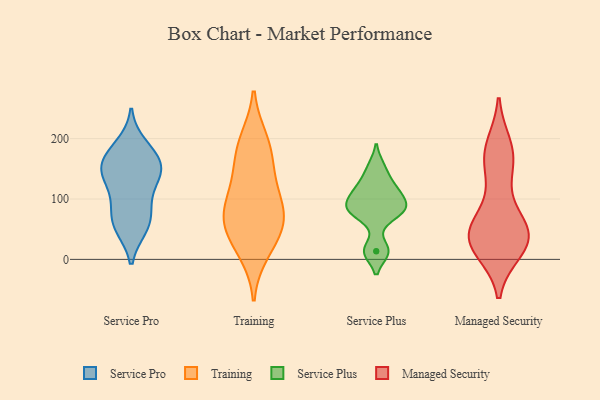
{"axis": {"x": "Website Visitors", "y": "Value"}, "legend": ["Managed Security", "Service Plus", "Service Pro", "Training"], "data": [{"x": "", "y": 97, "type": "Service Pro"}, {"x": "", "y": 158, "type": "Service Pro"}, {"x": "", "y": 166, "type": "Service Pro"}, {"x": "", "y": 177, "type": "Service Pro"}, {"x": "", "y": 142, "type": "Service Pro"}, {"x": "", "y": 142, "type": "Service Pro"}, {"x": "", "y": 189, "type": "Service Pro"}, {"x": "", "y": 130, "type": "Service Pro"}, {"x": "", "y": 53, "type": "Service Pro"}, {"x": "", "y": 60, "type": "Service Pro"}, {"x": "", "y": 56, "type": "Service Pro"}, {"x": "", "y": 147, "type": "Service Pro"}, {"x": "", "y": 84, "type": "Service Pro"}, {"x": "", "y": 65, "type": "Training"}, {"x": "", "y": 159, "type": "Training"}, {"x": "", "y": 197, "type": "Training"}, {"x": "", "y": 80, "type": "Training"}, {"x": "", "y": 13, "type": "Training"}, {"x": "", "y": 188, "type": "Training"}, {"x": "", "y": 58, "type": "Training"}, {"x": "", "y": 104, "type": "Training"}, {"x": "", "y": 31, "type": "Training"}, {"x": "", "y": 71, "type": "Training"}, {"x": "", "y": 130, "type": "Training"}, {"x": "", "y": 13, "type": "Service Plus"}, {"x": "", "y": 126, "type": "Service Plus"}, {"x": "", "y": 101, "type": "Service Plus"}, {"x": "", "y": 77, "type": "Service Plus"}, {"x": "", "y": 115, "type": "Service Plus"}, {"x": "", "y": 153, "type": "Service Plus"}, {"x": "", "y": 79, "type": "Service Plus"}, {"x": "", "y": 14, "type": "Service Plus"}, {"x": "", "y": 80, "type": "Service Plus"}, {"x": "", "y": 94, "type": "Service Plus"}, {"x": "", "y": 43, "type": "Managed Security"}, {"x": "", "y": 187, "type": "Managed Security"}, {"x": "", "y": 33, "type": "Managed Security"}, {"x": "", "y": 38, "type": "Managed Security"}, {"x": "", "y": 49, "type": "Managed Security"}, {"x": "", "y": 175, "type": "Managed Security"}, {"x": "", "y": 21, "type": "Managed Security"}, {"x": "", "y": 175, "type": "Managed Security"}, {"x": "", "y": 46, "type": "Managed Security"}, {"x": "", "y": 22, "type": "Managed Security"}, {"x": "", "y": 165, "type": "Managed Security"}, {"x": "", "y": 72, "type": "Managed Security"}, {"x": "", "y": 16, "type": "Managed Security"}, {"x": "", "y": 128, "type": "Managed Security"}, {"x": "", "y": 43, "type": "Managed Security"}]}